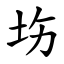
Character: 㘯